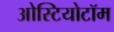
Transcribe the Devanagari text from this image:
ओस्टियोटॉम